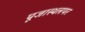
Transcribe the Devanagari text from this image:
पूजास्थलपर